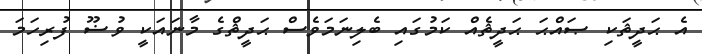
އެ ޙަދީޘަކި ޞައްޙަ ޙަދީޘެއް ކަމުގައި ބެލިނަމަވެސް ޙަދީޘްގެ މާނައަކީ ވުޟޫ ފުރިހަމަ